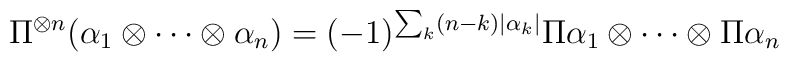
\Pi^{\otimes n}(\alpha_1\otimes\cdots\otimes\alpha_n) =   (-1)^{\sum_k(n-k)|\alpha_k|}\Pi\alpha_1\otimes\cdots\otimes\Pi\alpha_n